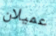
عميلان